Indian journal of veterinary science and animal husbandry - Volume 8,
Year: 1938
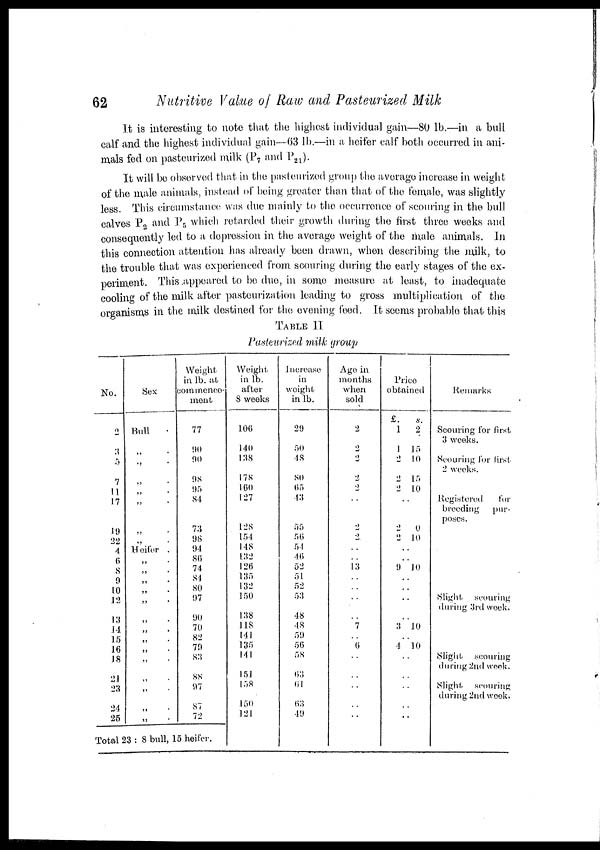
62
Nutritive Value of Raw and Pasteurized Milk
It is interesting to note that the highest individual gain—80 lb.—in a bull
calf and the highest individual gain—63 lb.—in a heifer calf both occurred in ani-
mals fed on pasteurized milk (P 7 and P 21 ).
It will be observed that in the pasteurized group the average increase in weight
of the male animals, instead of being greater than that of the female, was slightly
less. This circumstance was due mainly to the occurrence of scouring in the bull
calves P 2 and P 5 which retarded their growth during the first three weeks and
consequently led to a depression in the average weight of the male animals. In
this connection attention has already been drawn, when describing the milk, to
the trouble that was experienced from scouring during the early stages of the ex-
periment. This appeared to be due, in some measure at least, to inadequate
cooling of the milk after pasteurization leading to gross multiplication of the
organisms in the milk destined for the evening feed. It seems probable that this
TABLE II
Pasteurized milk group
No.
2
3
5
7
11
17
19
22
4
6
8
9
10
12
13
14
15
16
18
21
23
24
25
Sex
Bull .
„ .
„ .
„ .
„ .
„ .
„ .
„ .
Heifer .
„ .
„ .
„ .
„ .
„ .
„ .
„ .
„ .
„ .
„ .
„ .
„ .
„ .
„ .
Weight
in. lb. at
commence-
ment
77
90
90
98
95
84
73
98
94
86
74
84
80
97
90
70
82
79
83
88
97
87
72
Total 23 : 8 bull, 15 heifer.
Weight
in lb.
after
8 weeks
106
140
138
178
160
127
128
154
148
132
126
135
132
150
138
118
141
135
141
151
158
150
121
Increase
in
weight
in lb.
29
50
48
80
65
43
55
56
54
46
52
51
52
53
48
48
59
56
58
63
61
63
49
Age in
months
when
sold
2
2
2
2
2
..
2
2
..
..
13
..
..
..
..
7
..
6
..
..
..
..
..
Price
obtained
£.
s.
1
2
1 15
2 10
2 15
2 10
..
2
0
2 10
..
..
9 10
..
..
..
..
3 10
..
4 10
..
..
..
..
..
Remarks
Scouring for first
3 weeks.
Scouring for first
2 weeks.
Registered
for
breeding
pur-
poses.
Slight
scouring
during 3rd week.
Slight
scouring
during 2nd week.
Slight
scouring
during 2nd week.